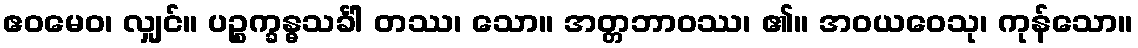
ဧဝမေဝ၊ လျှင်။ ပဉ္စက္ခန္ဓသင်္ခါ တဿ၊ သော။ အတ္တဘာဝဿ၊ ၏။ အဝယဝေသု၊ ကုန်သော။